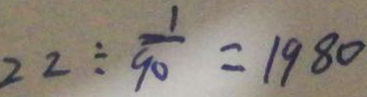
2 2 \div \frac { 1 } { 9 0 } = 1 9 8 0